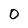
Character: 0